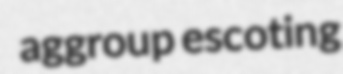
aggroup escoting